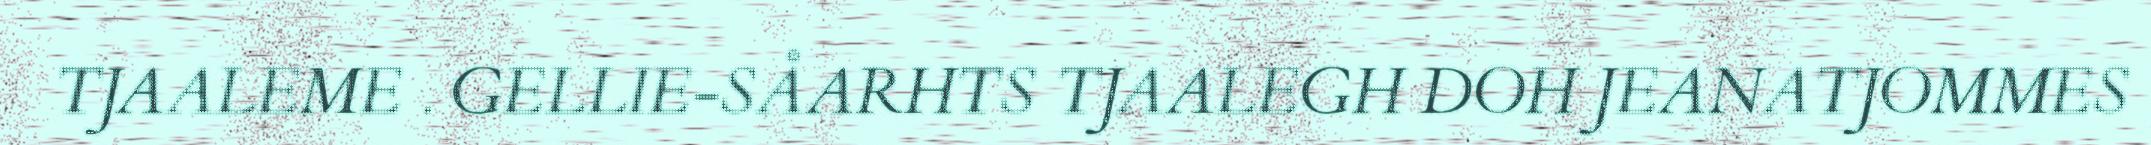
TJAALEME . GELLIE-SÅARHTS TJAALEGH DOH JEANATJOMMES